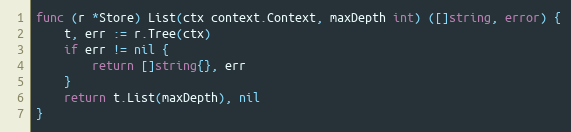
Language: Go
func (r *Store) List(ctx context.Context, maxDepth int) ([]string, error) {
	t, err := r.Tree(ctx)
	if err != nil {
		return []string{}, err
	}
	return t.List(maxDepth), nil
}